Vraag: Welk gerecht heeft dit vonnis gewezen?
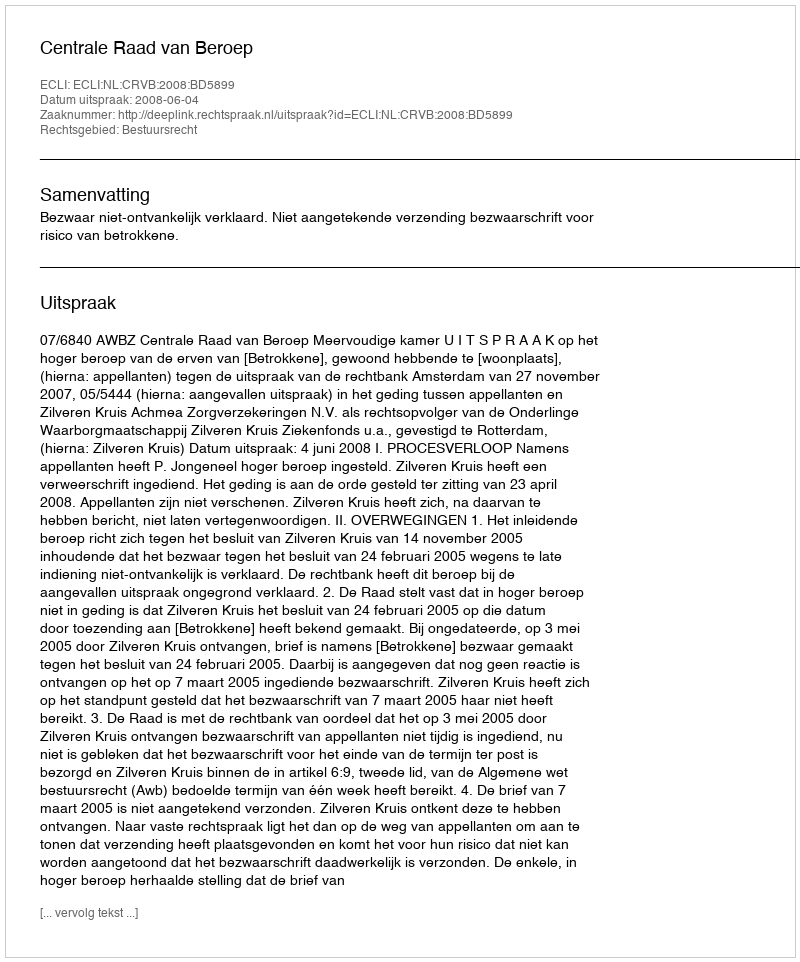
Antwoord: Centrale Raad van Beroep